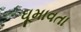
ઘૂમાવતા